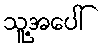
သူ့အပေါ်